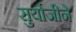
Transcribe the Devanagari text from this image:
सुर्याजीने